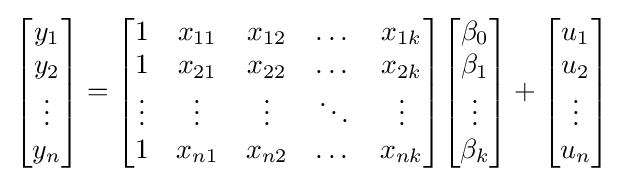
{\begin{bmatrix}y_{1}\\y_{2}\\\vdots \\y_{n}\end{bmatrix}}={\begin{bmatrix}1&x_{11}&x_{12}&\dots &x_{1k}\\1&x_{21}&x_{22}&\dots &x_{2k}\\\vdots &\vdots &\vdots &\ddots &\vdots \\1&x_{n1}&x_{n2}&\dots &x_{nk}\\\end{bmatrix}}{\begin{bmatrix}\beta _{0}\\\beta _{1}\\\vdots \\\beta _{k}\end{bmatrix}}+{\begin{bmatrix}u_{1}\\u_{2}\\\vdots \\u_{n}\end{bmatrix}}